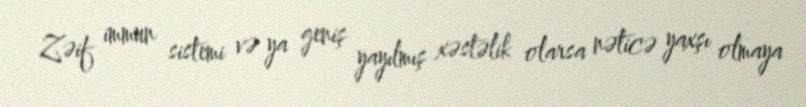
Zəif immun sistemi və ya geniş yayılmış xəstəlik olarsa nəticə yaxşı olmaya